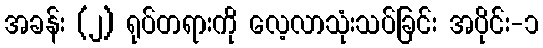
အခန်း (၂) ရုပ်တရားကို လေ့လာသုံးသပ်ခြင်း အပိုင်း-၁